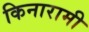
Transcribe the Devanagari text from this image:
किनारामी